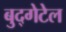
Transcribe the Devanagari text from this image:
बुद्गेटेल